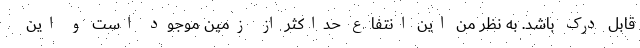
قابل درک باشد. به نظر من این انتفاع حداکثر از زمین موجود است و این